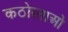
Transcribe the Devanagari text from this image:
कठोरताओं